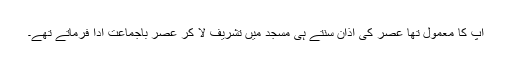
آپ کا معمول تھا عصر کی اذان سنتے ہی مسجد میں تشریف لا کر عصر باجماعت ادا فرماتے تھے۔